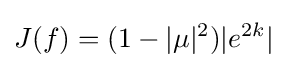
\displaystyle {J(f)=(1-|\mu |^{2})|e^{2k}|}